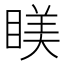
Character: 𥈢